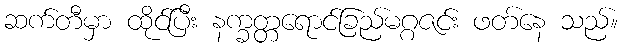
ဆက်တီမှာ ထိုင်ပြီး နက္ခတ္တရောင်ခြည်မဂ္ဂဇင်း ဖတ်နေ သည်။